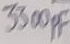
Text: 3300PF